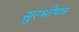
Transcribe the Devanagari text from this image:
सुरभीपत्र